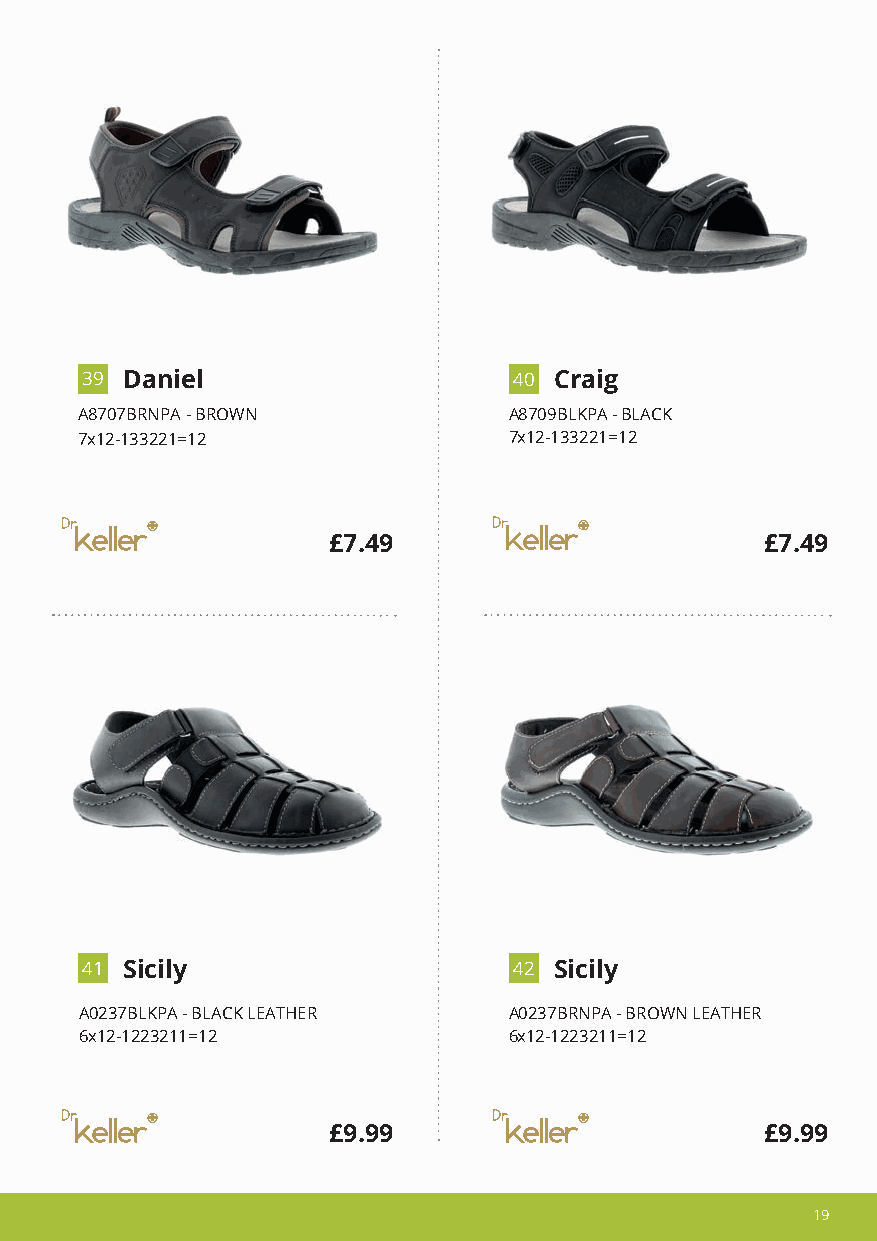
3 9 Daniel                   4 0 Craig
 A8707BRNPA - BROWN           A8709BLKPA - BLACK
 7x12-133221=12               7x12-133221=12
 £7.49                        £7.49
 4 1 Sicily                   4 2 Sicily
 A0237BLKPA - BLACK LEATHER   A0237BRNPA - BROWN LEATHER
 6x12-1223211=12              6x12-1223211=12
 £9.99                        £9.99
 1199